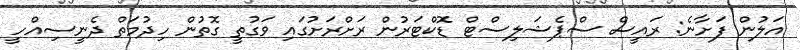
އަލުން ފަށާނެ: ރައީސް ސްޕެޝަލިސްޓް ޑޮކްޓަރުން ރަށްރަށުގައި ވަގުތީ ގޮތުން ހިދުމަތް ދެނީސިއްހީ